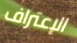
الإعتراف